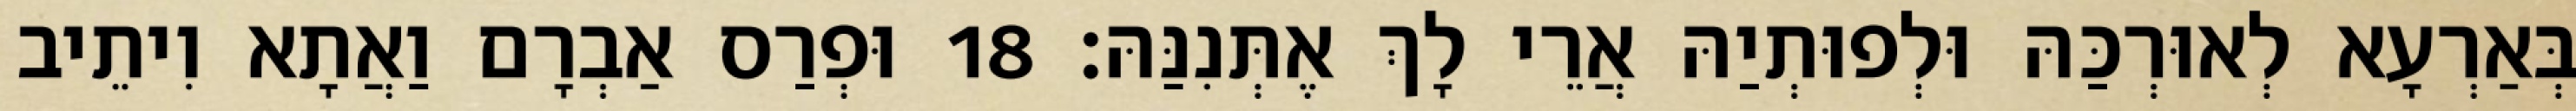
בְּאַרְעָא לְאוּרְכַּהּ וּלְפוּתְיַהּ אֲרֵי לָךְ אֶתְּנִנַּהּ׃ 18 וּפְרַס אַבְרָם וַאֲתָא וִיתֵיב